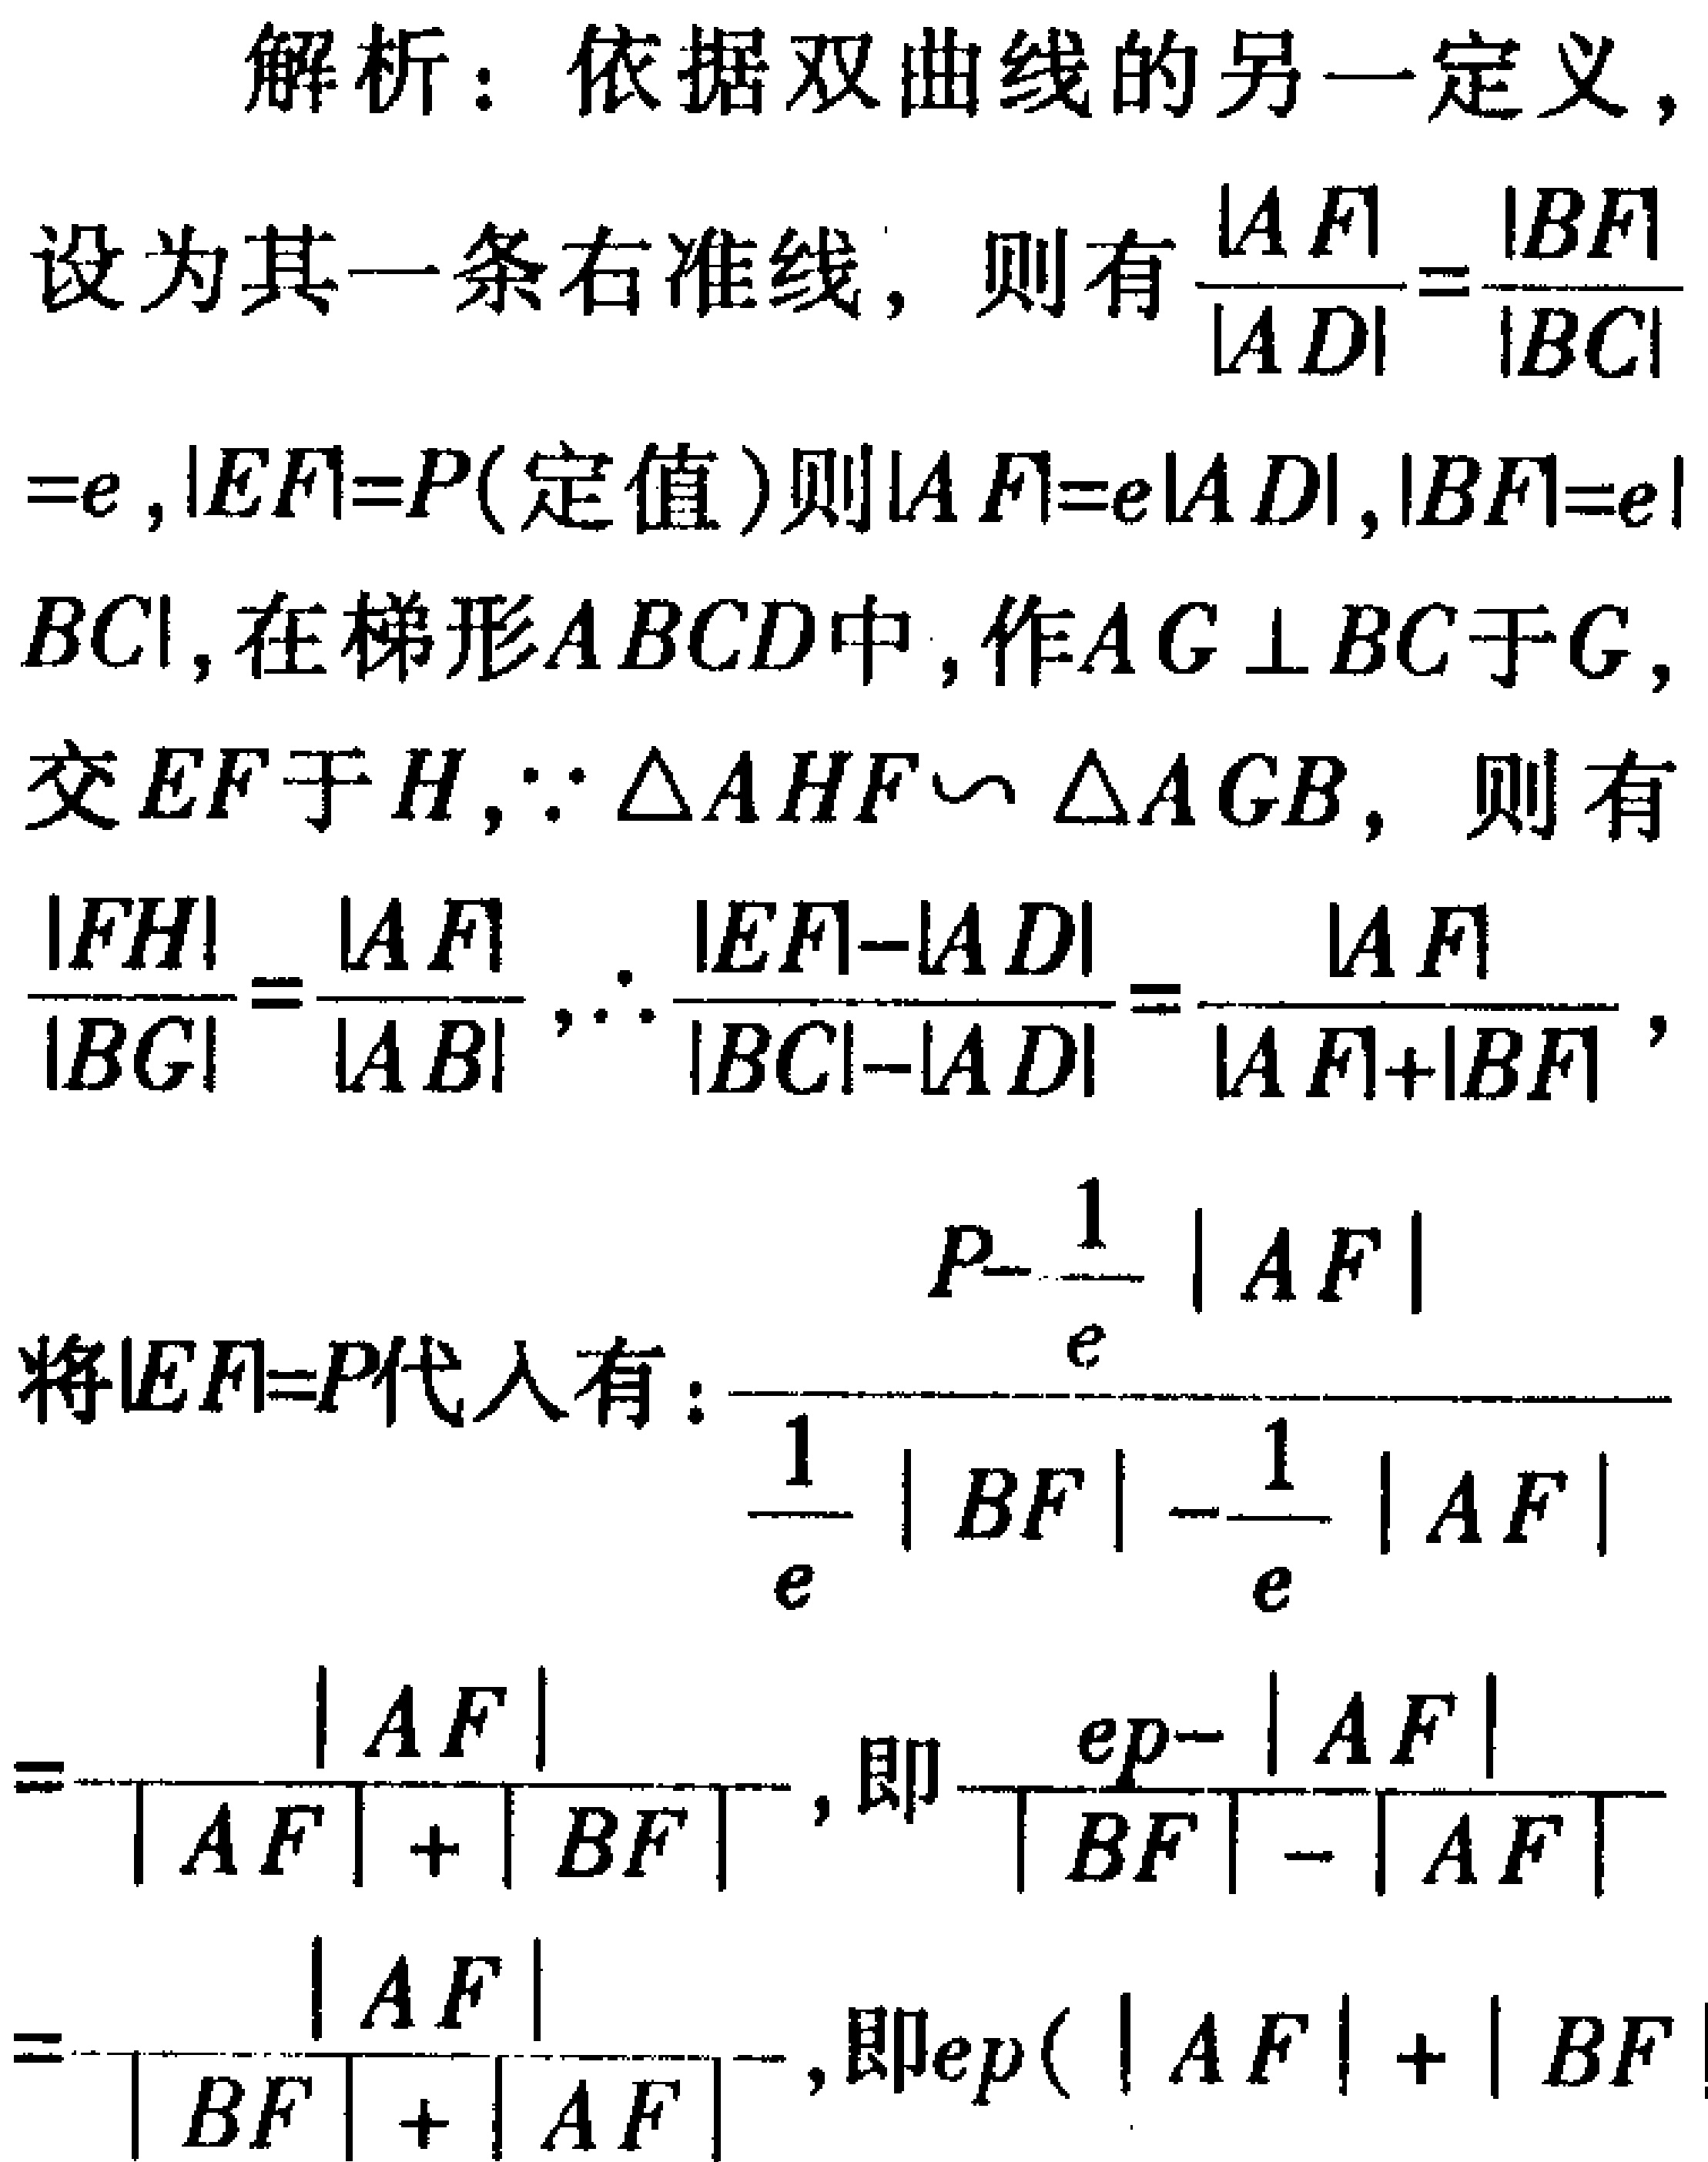
解析：依据双曲线的另一定义，
设为其一条右准线，则有\(\frac{|AF|}{|AD|}=\frac{|BF|}{|BC|}\)
\(=e\)，\(|EF| = P\)(定值)则\(|AF| = e|AD|\)，\(|BF| = e|\)
\(BC|\)，在梯形\(ABCD\)中，作\(AG\perp BC\)于\(G\)，
交\(EF\)于\(H\)，\(\because\triangle AHF\sim\triangle AGB\)，则有
\(\frac{|FH|}{|BG|}=\frac{|AF|}{|AB|}\)，\(\therefore\frac{|EF|-|AD|}{|BC|-|AD|}=\frac{|AF|}{|AF| + |BF|}\)，
将\(|EF| = P\)代入有：\(\frac{P - \frac{1}{e}|AF|}{\frac{1}{e}|BF| - \frac{1}{e}|AF|}\)
\(=\frac{|AF|}{|AF| + |BF|}\)，即\(\frac{ep - |AF|}{|BF| - |AF|}\)
\(=\frac{|AF|}{|BF| + |AF|}\)，即\(ep(|AF| + |BF|\)